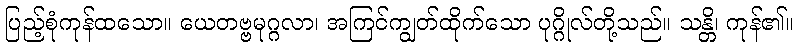
ပြည့်စုံကုန်ထသော။ ယေတဗ္ဗမုဂ္ဂလာ၊ အကြင်ကျွတ်ထိုက်သော ပုဂ္ဂိုလ်တို့သည်။ သန္တိ၊ ကုန်၏။